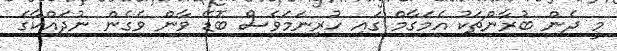
މީ ދެން ބުރާންޗަކު އެމަގާމް ގައި ހުރިނަމަވެސް ބޮޑޭ ވާން ވެގެން ނުދައްކާގެ